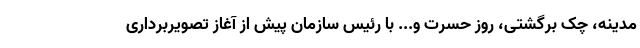
مدینه، چک برگشتی، روز حسرت و... با رئیس سازمان پیش از آغاز تصویربرداری